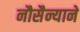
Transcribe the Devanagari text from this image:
नौसैन्याने